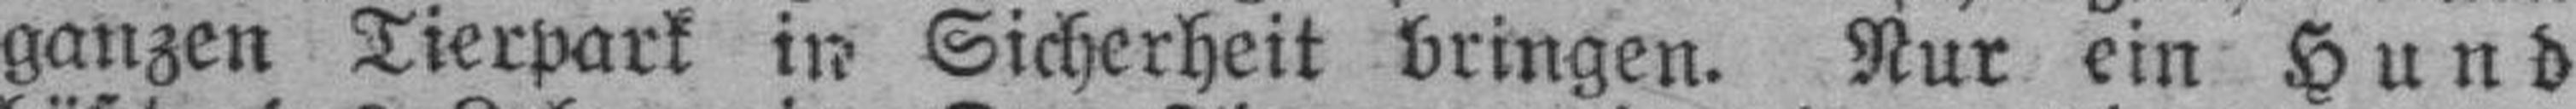
ganzen Tierpark in Sicherheit bringen. Nur ein Hund